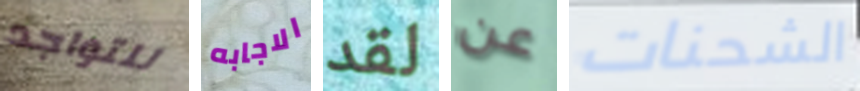
للتواجد الاجابه لقد عن الشحنات